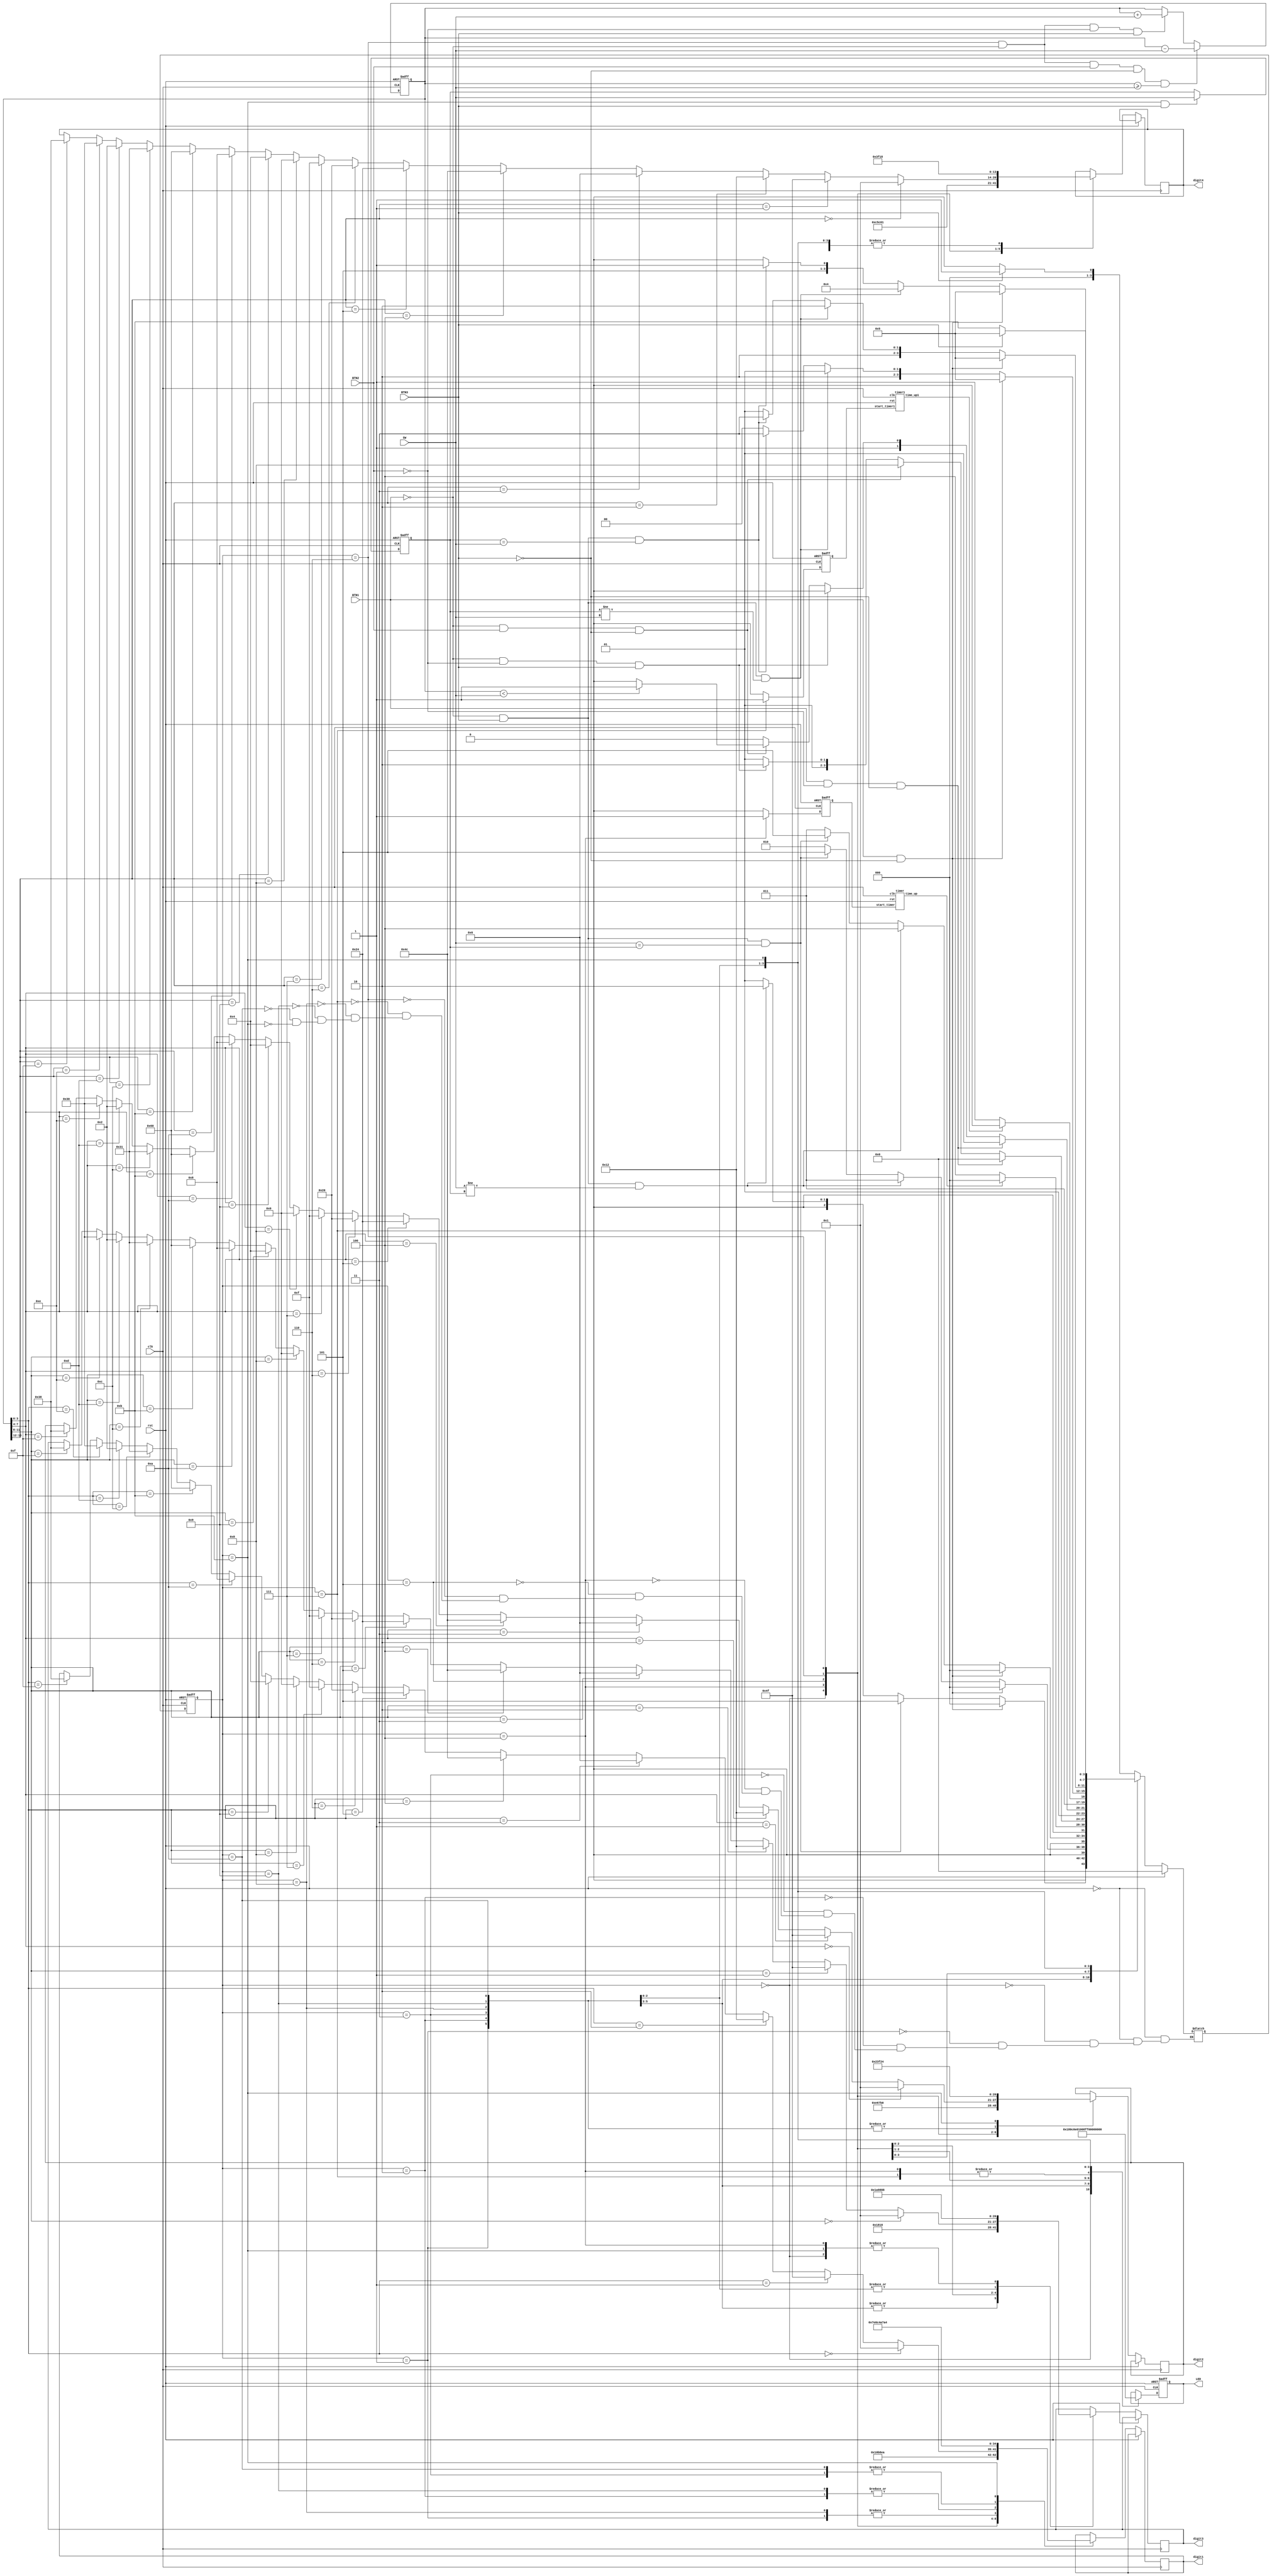
module atm (input clk,
                     input rst,
                     input BTN3, BTN2, BTN1,
                     input [3:0] SW,
                     output reg [7:0] LED,                                     // LED[7] is the left most-LED
                     output reg [6:0] digit4, digit3, digit2, digit1  // digit4 is the left-most SSD
                    );
  
	 reg [3:0] password;
    reg [15:0] balance; 
	 reg [3:0] current_state;
	 reg [3:0] next_state;
	 reg start_timer, start_timer1;
    wire time_up, time_up1;
	 
	 parameter [3:0] IDLE = 4'b0000;
	 parameter [3:0] PASS_ENT_3 = 4'b0001;
	 parameter [3:0] PASS_ENT_2 = 4'b0010;
	 parameter [3:0] PASS_ENT_1 = 4'b0011;
	 parameter [3:0] LOCK = 4'b0100;
	 parameter [3:0] ATM_MENU = 4'b0101;
	 parameter [3:0] MONEY = 4'b0110;
	 parameter [3:0] WARNING = 4'b0111;
	 parameter [3:0] PASS_CHG_3 = 4'b1000;
	 parameter [3:0] PASS_CHG_2 = 4'b1001;
	 parameter [3:0] PASS_CHG_1 = 4'b1010;
	 parameter [3:0] PASS_NEW = 4'b1011;
			// additional registers

	always @ (posedge clk or posedge rst)
	begin
		if(rst)
			begin
			current_state <= IDLE;
			end
		else 
			current_state <= next_state;
	end
	
	// sequential part - state transitions
	always @ (posedge clk or posedge rst)
	begin
		
	end

	// combinational part - next state definitions
	always @ (*)
	begin
		if(rst)
			next_state = IDLE;
		else
		begin
		case(current_state)
			IDLE: 
			if(BTN3 == 1) 
				next_state = PASS_ENT_3;
			else
				next_state = IDLE;
				
			PASS_ENT_3: 
			if(BTN1 == 1 && BTN3 == 0)
				next_state = IDLE;
			else if(BTN1 == 0 && BTN3 == 1 && SW == password)
				next_state = ATM_MENU;
			else if(BTN1 == 0 && BTN3 == 1 && SW != password)
				next_state = PASS_ENT_2;
			else
				next_state = PASS_ENT_3;
			
			PASS_ENT_2:
			if(BTN1 == 1 && BTN3 == 0)
				next_state = IDLE;
			else if(BTN1 == 0 && BTN3 == 1 && SW != password)
				next_state = PASS_ENT_1;
			else if(BTN1 == 0 && BTN3 == 1 && SW == password)
				next_state = ATM_MENU;
			else
				next_state = PASS_ENT_2;
				
			PASS_ENT_1:
			if(BTN1 ==  1 && BTN3 == 0)
				next_state = IDLE;
			else if(BTN1 == 0 && BTN3 == 1 && SW != password)
				next_state = LOCK;
			else if(BTN1 == 0 && BTN3 == 1 && SW == password)
				next_state = ATM_MENU;
			else
				next_state = PASS_ENT_1;
			
			LOCK:
				if(time_up == 1)
					next_state = IDLE;
				else
					next_state = LOCK;
					
			ATM_MENU:
				if(BTN1 == 1 && BTN2 == 0 && BTN3 == 0)
					next_state = IDLE;
				else if(BTN1 == 0 && BTN2 == 1 && BTN3 == 0)
					next_state = PASS_CHG_3;
				else if(BTN1 == 0 && BTN2 == 0 && BTN3 == 1)
					next_state = MONEY;
				else
					next_state = ATM_MENU;
			MONEY:
				if(BTN1 == 1 && BTN2 == 0 && BTN3 == 0)
					next_state = ATM_MENU;
				else if(BTN1 == 0 && BTN2 == 0 && BTN3 == 1)
					begin
					//balance = balance + SW;
					next_state = MONEY;
					end
				else if(BTN1 == 0 && BTN2 == 1 && BTN3 == 0)
					begin
					if(balance < SW)
						next_state = WARNING;
					else
						begin
						next_state = MONEY;
						end
					end
				else
					next_state = MONEY;
        
		  WARNING:
			if(time_up1 == 1)
				next_state = MONEY;
			else
				next_state = WARNING;
				
			PASS_CHG_3:
			if(BTN1 == 1 && BTN3 == 0)
				next_state = ATM_MENU;
			else if(BTN1 == 0 && BTN3 == 1 && password != SW)
				next_state = PASS_CHG_2;
			else if(BTN1 == 0 && BTN3 == 1 && password == SW)
				next_state = PASS_NEW;
			else
				next_state = PASS_CHG_3;
				
			PASS_CHG_2:
			if(BTN1 == 1 && BTN3 == 0)
				next_state = ATM_MENU;
			else if(BTN1 == 0 && BTN3 == 1 && password != SW)
				next_state = PASS_CHG_1;
			else if(BTN1 == 0 && BTN3 == 1 && password == SW)
				next_state = PASS_NEW;
			else
				next_state = PASS_CHG_2;
				
			PASS_CHG_1:
			if(BTN1 == 1 && BTN3 == 0)
				next_state = ATM_MENU;
			else if(BTN1 == 0 && BTN3 == 1 && password != SW)
				next_state = LOCK;
			else if(BTN1 == 0 && BTN3 == 1 && password == SW)
				next_state = PASS_NEW;
			else
				next_state = PASS_CHG_1;
				
			PASS_NEW:
			if(BTN3 == 1)
				begin
					next_state = ATM_MENU;
				end
			else
				next_state = PASS_NEW;
										
		endcase
		end
	end
	
	// sequential part - control registers
	always @ (posedge clk or posedge rst)
	begin
			// your code goes here	
	end 	
	
	

// combinational - outputs
	always @ (posedge clk or posedge rst)
	begin
	if(rst)
		LED <= 8'b00000000;
	else
		begin
			case(current_state)
			IDLE:
				begin
				LED <= 8'b00000001;
				digit4 <= 7'b0110001;
				digit3 <= 7'b0001000;
				digit2 <= 7'b0111001;
				digit1 <= 7'b1000010;
				end
			PASS_ENT_3:
				begin
				LED <= 8'b10000000;
				digit4 <= 7'b0011000;
				digit3 <= 7'b0110000;
				digit2 <= 7'b1111110;
				digit1 <= 7'b0000110;
				end
			PASS_ENT_2:
				begin
				LED <= 8'b11000000;
				digit4 <= 7'b0011000;
				digit3 <= 7'b0110000;
				digit2 <= 7'b1111110;
				digit1 <= 7'b0010010;
				end
			PASS_ENT_1:
				begin
				LED <= 8'b11100000;
				digit4 <= 7'b0011000;
				digit3 <= 7'b0110000;
				digit2 <= 7'b1111110;
				digit1 <= 7'b1001111;
				end
			LOCK:
				begin
				LED <= 8'b11111111;
				digit4 <= 7'b0111000;
				digit3 <= 7'b0001000;
				digit2 <= 7'b1001111;
				digit1 <= 7'b1110001;
				end
			ATM_MENU:
				begin
				LED <= 8'b00010000;
				digit4 <= 7'b0000001;
				digit3 <= 7'b0011000;
				digit2 <= 7'b0110000;
				digit1 <= 7'b1101010;
				end
			MONEY:
				begin
				LED <= 8'b00001000;
				if(balance[3:0]==4'b0000)
				digit1<=7'b0000001;
				else if(balance[3:0]==4'b0001)
				digit1<=7'b1001111;
				else if(balance[3:0]==4'b0010)
				digit1<=7'b0010010;
				else if(balance[3:0]==4'b0011)
				digit1<=7'b0000110;
				else if(balance[3:0]==4'b0100)
				digit1<=7'b1001100;
				else if(balance[3:0]==4'b0101)
				digit1<=7'b0100100;
				else if(balance[3:0]==4'b0110)
				digit1<=7'b0100000;
				else if(balance[3:0]==4'b0111)
				digit1<=7'b0001111;
				else if(balance[3:0]==4'b1000)
				digit1<=7'b0000000;
				else if(balance[3:0]==4'b1001)
				digit1<=7'b0000100;
				else if(balance[3:0]==4'b1010)
				digit1<=7'b0001000;
				else if(balance[3:0]==4'b1011)
				digit1<=7'b1100000;
				else if(balance[3:0]==4'b1100)
				digit1<=7'b0110001;
				else if(balance[3:0]==4'b1101)
				digit1<=7'b0000010;
				else if(balance[3:0]==4'b1110)
				digit1<=7'b0110000;
				else if(balance[3:0]==4'b1111)
				digit1<=7'b0111000;
				
				if(balance[7:4]==4'b0000)
				digit2<=7'b0000001;
				else if(balance[7:4]==4'b0001)
				digit2<=7'b1001111;
				else if(balance[7:4]==4'b0010)
				digit2<=7'b0010010;
				else if(balance[7:4]==4'b0011)
				digit2<=7'b0000110;
				else if(balance[7:4]==4'b0100)
				digit2<=7'b1001100;
				else if(balance[7:4]==4'b0101)
				digit2<=7'b0100100;
				else if(balance[7:4]==4'b0110)
				digit2<=7'b0100000;
				else if(balance[7:4]==4'b0111)
				digit2<=7'b0001111;
				else if(balance[7:4]==4'b1000)
				digit2<=7'b0000000;
				else if(balance[7:4]==4'b1001)
				digit2<=7'b0000100;
				else if(balance[7:4]==4'b1010)
				digit2<=7'b0001000;
				else if(balance[7:4]==4'b1011)
				digit2<=7'b1100000;
				else if(balance[7:4]==4'b1100)
				digit2<=7'b0110001;
				else if(balance[7:4]==4'b1101)
				digit2<=7'b0000010;
				else if(balance[7:4]==4'b1110)
				digit2<=7'b0110000;
				else if(balance[7:4]==4'b1111)
				digit2<=7'b0111000;
				
				if(balance[11:8]==4'b0000)
				digit3<=7'b0000001;
				else if(balance[11:8]==4'b0001)
				digit3<=7'b1001111;
				else if(balance[11:8]==4'b0010)
				digit3<=7'b0010010;
				else if(balance[11:8]==4'b0011)
				digit3<=7'b0000110;
				else if(balance[11:8]==4'b0100)
				digit3<=7'b1001100;
				else if(balance[11:8]==4'b0101)
				digit3<=7'b0100100;
				else if(balance[11:8]==4'b0110)
				digit3<=7'b0100000;
				else if(balance[11:8]==4'b0111)
				digit3<=7'b0001111;
				else if(balance[11:8]==4'b1000)
				digit3<=7'b0000000;
				else if(balance[11:8]==4'b1001)
				digit3<=7'b0000100;
				else if(balance[11:8]==4'b1010)
				digit3<=7'b0001000;
				else if(balance[11:8]==4'b1011)
				digit3<=7'b1100000;
				else if(balance[11:8]==4'b1100)
				digit3<=7'b0110001;
				else if(balance[11:8]==4'b1101)
				digit3<=7'b0000010;
				else if(balance[11:8]==4'b1110)
				digit3<=7'b0110000;
				else if(balance[11:8]==4'b1111)
				digit3<=7'b0111000;
				
				if(balance[15:12]==4'b0000)
				digit4<=7'b0000001;
				else if(balance[15:12]==4'b0001)
				digit4<=7'b1001111;
				else if(balance[15:12]==4'b0010)
				digit4<=7'b0010010;
				else if(balance[15:12]==4'b0011)
				digit4<=7'b0000110;
				else if(balance[15:12]==4'b0100)
				digit4<=7'b1001100;
				else if(balance[15:12]==4'b0101)
				digit4<=7'b0100100;
				else if(balance[15:12]==4'b0110)
				digit4<=7'b0100000;
				else if(balance[15:12]==4'b0111)
				digit4<=7'b0001111;
				else if(balance[15:12]==4'b1000)
				digit4<=7'b0000000;
				else if(balance[15:12]==4'b1001)
				digit4<=7'b0000100;
				else if(balance[15:12]==4'b1010)
				digit4<=7'b0001000;
				else if(balance[15:12]==4'b1011)
				digit4<=7'b1100000;
				else if(balance[15:12]==4'b1100)
				digit4<=7'b0110001;
				else if(balance[15:12]==4'b1101)
				digit4<=7'b0000010;
				else if(balance[15:12]==4'b1110)
				digit4<=7'b0110000;
				else if(balance[15:12]==4'b1111)
				digit4<=7'b0111000;
				end
			WARNING:
				begin
				LED <= 8'b11111111;
				digit4 <= 7'b1111110;
				digit3 <= 7'b1101010;
				digit2 <= 7'b0001000;
				digit1 <= 7'b1111110;
				end				
			PASS_CHG_3:
				begin
				LED <= 8'b00000100;
				digit4 <= 7'b0011000;
				digit3 <= 7'b0110001;
				digit2 <= 7'b1111110;
				digit1 <= 7'b0000110;
				end
			PASS_CHG_2:
				begin
				LED <= 8'b00000110;
				digit4 <= 7'b0011000;
				digit3 <= 7'b0110001;
				digit2 <= 7'b1111110;
				digit1 <= 7'b0010010;
				end
			PASS_CHG_1:
				begin
				LED <= 8'b00000111;
				digit4 <= 7'b0011000;
				digit3 <= 7'b0110001;
				digit2 <= 7'b1111110;
				digit1 <= 7'b1001111;
				end
			PASS_NEW:
				begin
				LED <= 8'b00000010;
				digit4 <= 7'b0011000;
				digit3 <= 7'b0001000;
				digit2 <= 7'b0100100;
				digit1 <= 7'b0100100;
				end
		endcase
		end
	end

		// additional always statements

 always @ (posedge clk or posedge rst)
 begin 
	if(rst)
		begin
		start_timer <= 0;
		balance <= 0;
		password <= 0;
		end
	else
		begin
		if(current_state == LOCK)
			start_timer <= 1;
		else
			start_timer <= 0;
		if(current_state == MONEY && BTN1 == 0 && BTN2 == 0 && BTN3 == 1)
			balance <= balance + SW;
		if(current_state == MONEY && BTN1 == 0 && BTN2 == 1 && BTN3 == 0 && balance >= SW)
			balance <= balance - SW;
		if(current_state == PASS_NEW && BTN3 == 1)
			password <= SW;
		end
 end
 
 always @ (posedge clk or posedge rst)
 begin 
	if(rst)
		start_timer1 <= 0;
	else
		begin
		if(current_state == WARNING)
			start_timer1 <= 1;
		else
			start_timer1 <= 0;
		end
 end

timer timeup(clk,rst,start_timer,time_up);
timer1 timeup1(clk,rst,start_timer1,time_up1);
endmodule


module timer(clk, rst, start_timer, time_up);

input clk,rst;
input start_timer;
output reg time_up;

reg [31:0] counter;

always @(posedge clk or posedge rst) begin
	if(rst) begin
		counter <= 0;
		time_up <= 0;
	end
	else begin
		if(start_timer) begin
			if(counter < 32'd50)
				counter <= counter + 1;
			else
				counter <= counter;
		end
		else begin
			counter <= 0;
		end
		
		time_up <= (counter == 32'd50);
		end
	end
endmodule

module timer1(clk, rst, start_timer1, time_up1);

input clk,rst;
input start_timer1;
output reg time_up1;

reg [31:0] counter;

always @(posedge clk or posedge rst) begin
	if(rst) begin
		counter <= 0;
		time_up1 <= 0;
	end
	else begin
		if(start_timer1) begin
			if(counter < 32'd25)
				counter <= counter + 1;
			else
				counter <= counter;
		end
		else begin
			counter <= 0;
		end
		
		time_up1 <= (counter == 32'd25);
		end
	end
endmodule